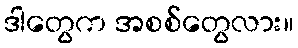
ဒါတွေက အစစ်တွေလား။